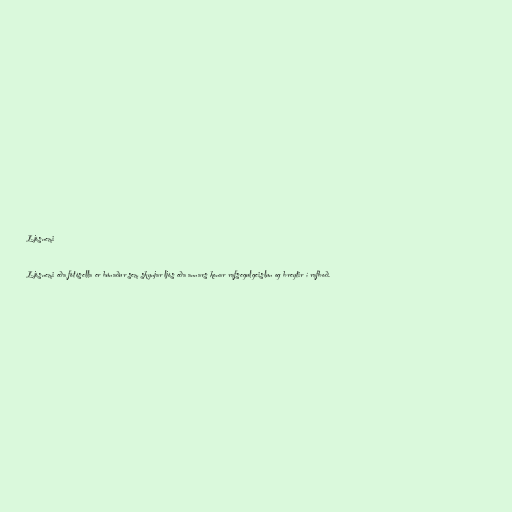
Ljósnemi

Ljósnemi eða fótósella er búnaður sem skynjar ljós eða annars konar rafsegulgeislun og breytir í rafboð.